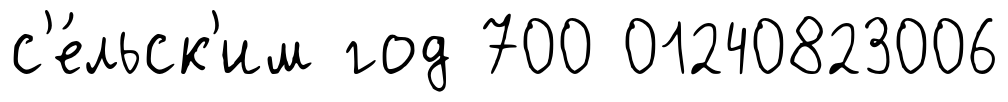
с'е́льск'им год 700 01240823006